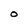
Character: O